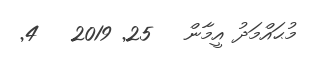
މުޙައްމަދު އީމާން   25